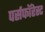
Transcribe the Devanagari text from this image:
पर्सफॉरेस्ट